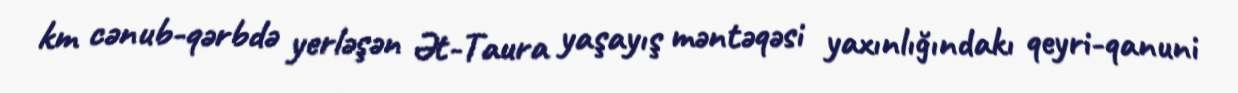
km cənub-qərbdə yerləşən Ət-Taura yaşayış məntəqəsi yaxınlığındakı qeyri-qanuni